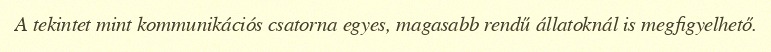
A tekintet mint kommunikációs csatorna egyes, magasabb rendű állatoknál is megfigyelhető.